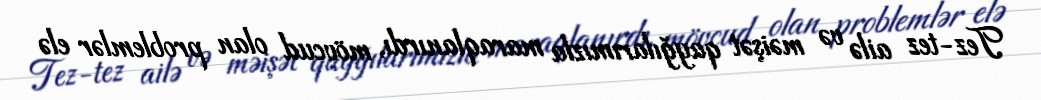
Tez-tez ailə və məişət qayğılarımızla maraqlanırdı, mövcud olan problemlər elə